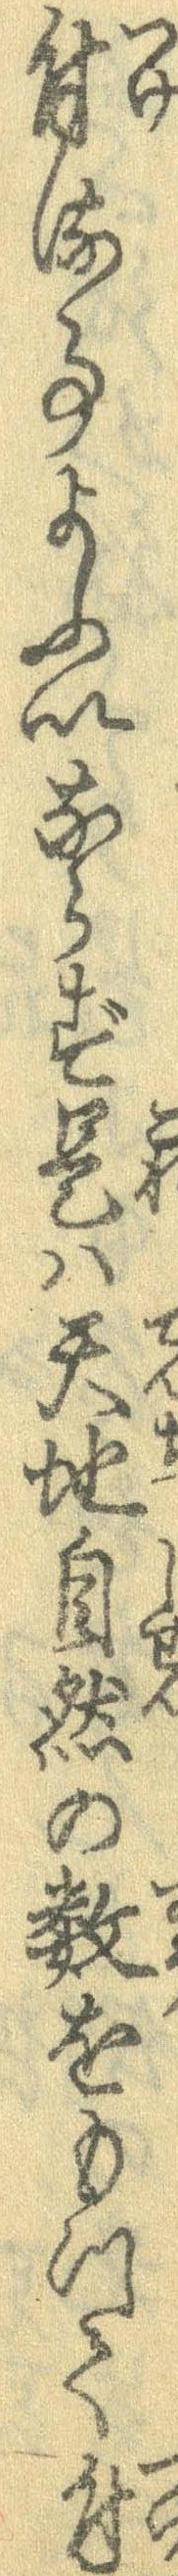
付る事よふいならず是は天地自然の数をもって付